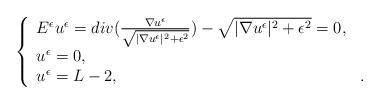
LaTeX: \begin{align*}\left\{ \begin{array}{ll} E^\epsilon u^\epsilon= div(\frac{\nabla u^\epsilon}{\sqrt{|\nabla u^\epsilon|^2 +\epsilon^2}})-\sqrt{|\nabla u^\epsilon|^2 +\epsilon^2}=0, & \\ u^\epsilon =0 , & \\ u^\epsilon =L-2, & . \end{array}\right.\end{align*}